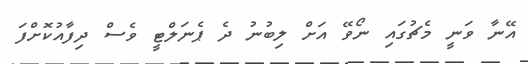
އޭނާ ވަނީ މެޗުގައި ނޯވޭ އަށް ލިބުނު ދެ ޕެނަލްޓީ ވެސް ދިފާއުކޮށްފަ